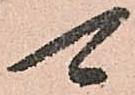
可